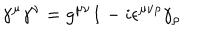
\gamma ^ { \mu } \gamma ^ { \nu } = g ^ { \mu \nu } { \bf 1 } - i \epsilon ^ { \mu \nu \rho } \gamma _ { \rho }